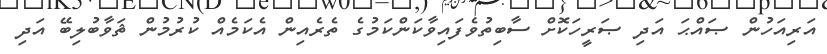
އަރިއަހުން ޞައްޙަ އަދި ޞަރީހަކޮށް ސާބިތުވެފައިވާކަންކަމުގެ ތެރެއިން އެކަމެއް ކުރުމުން ޘަވާބުލިބޭ އަދި